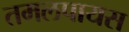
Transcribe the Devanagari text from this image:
तमलपायस